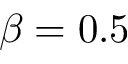
\beta = 0 . 5